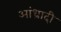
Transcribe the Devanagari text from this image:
आंध्रादी